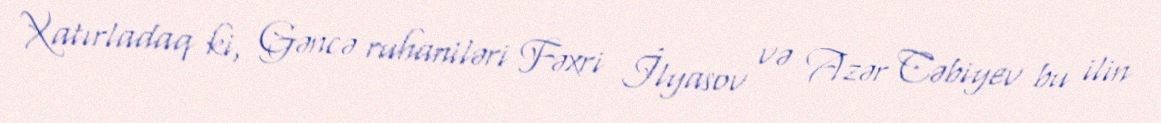
Xatırladaq ki, Gəncə ruhaniləri Fəxri İlyasov və Azər Cəbiyev bu ilin